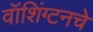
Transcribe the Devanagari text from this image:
वॉशिंग्टनचे